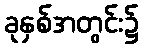
ခုနှစ်အတွင်း၌